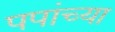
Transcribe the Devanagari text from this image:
पपांच्या